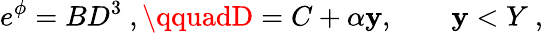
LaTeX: e^{\phi}=BD^{3}\ ,\qquadD=C+\alpha\mathbf{y},\qquad\mathbf{y}<Y\ ,